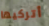
أتركيها